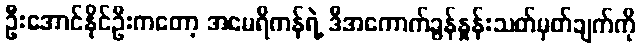
ဦးအောင်နိုင်ဦးကတော့ အမေရိကန်ရဲ့ ဒီအကောက်ခွန်နှုန်းသတ်မှတ်ချက်ကို